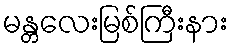
မန္တလေးမြစ်ကြီးနား